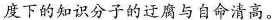
度下的知识分子的迂腐与自命清高。